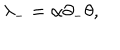
\lambda _ { - } = \alpha \partial _ { - } \theta ,